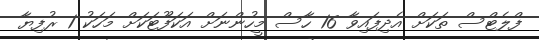
ފްލެޓްސް ތަކަށް އެދިފައިވާ 16 ހާސް މީހުންނަށް އަކަފޫޓަކަށް މަހަކު 1 ރުފިޔާ